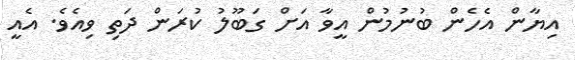
އިޔާން އެހެން ބުނުމުން އީވާ އަށް ގަބޫލު ކުރަން ދަތި ވިއެވެ. އެއީ